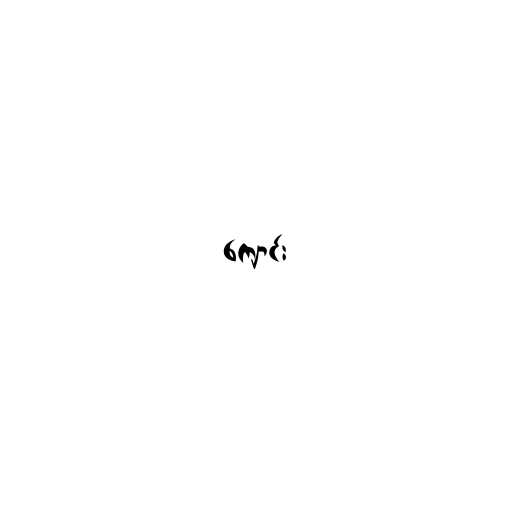
ကျောင်း